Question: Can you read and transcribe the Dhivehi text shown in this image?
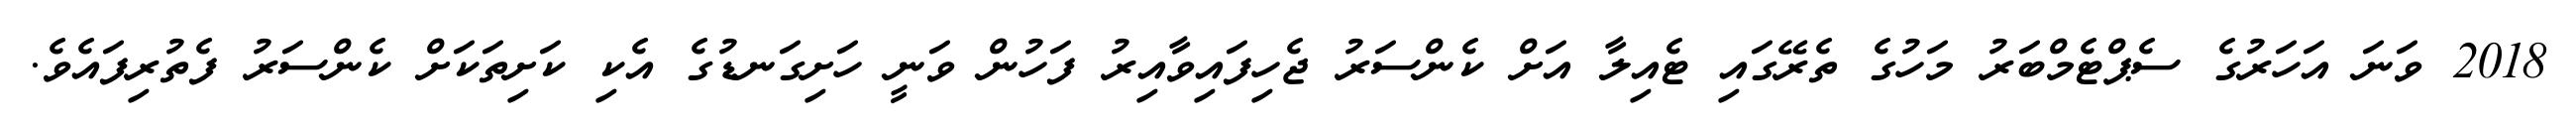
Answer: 2018 ވަނަ އަހަރުގެ ސެޕްޓެމްބަރު މަހުގެ ތެރޭގައި ޓެއިލާ އަށް ކެންސަރު ޖެހިފައިވާއިރު ފަހުން ވަނީ ހަށިގަނޑުގެ އެކި ކަށިތަކަށް ކެންސަރު ފެތުރިފައެވެ.